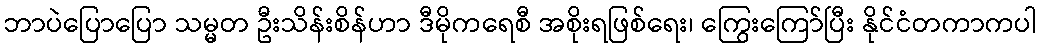
ဘာပဲပြောပြော သမ္မတ ဦးသိန်းစိန်ဟာ ဒီမိုကရေစီ အစိုးရဖြစ်ရေး၊ ကြွေးကြော်ပြီး နိုင်ငံတကာကပါ